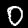
Digit: 0